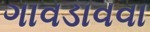
ગાવડાવવા